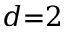
d { = } 2